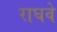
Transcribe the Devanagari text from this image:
राघवे